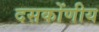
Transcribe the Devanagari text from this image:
दसकोंणीय